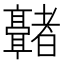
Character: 𬴢